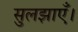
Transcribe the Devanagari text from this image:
सुलझाएँ।